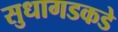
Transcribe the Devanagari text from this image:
सुधागडकडे